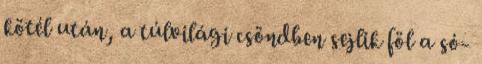
kötél után, a túlvilági csöndben sejlik föl a só-